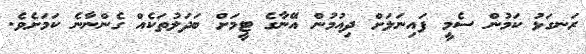
ރަނގަޅު ކަމުން ސެމީ ފައިނަލަށް ދިއުމުން އޭނާގެ ޓީމަށް ބަދަލުތަކެއް ގެންނާނެ ކަމަށެވެ.